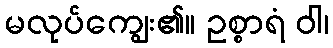
မလုပ်ကျွေး၏။ ဥစ္စာရံ ဝါ၊